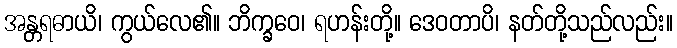
အန္တရဓာယိ၊ ကွယ်လေ၏။ ဘိက္ခဝေ၊ ရဟန်းတို့။ ဒေဝတာပိ၊ နတ်တို့သည်လည်း။